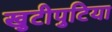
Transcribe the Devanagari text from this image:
खुटीपुटिया